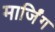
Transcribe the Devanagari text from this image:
मार्जिंग